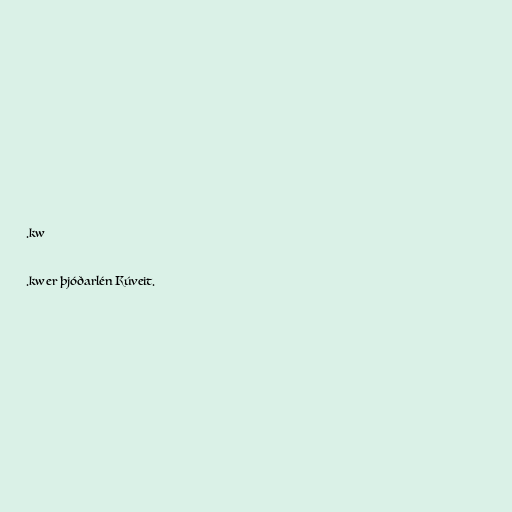
.kw

.kw er þjóðarlén Kúveit.